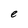
Character: e